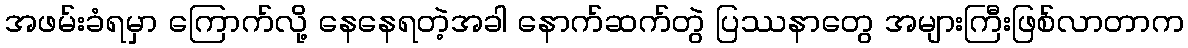
အဖမ်းခံရမှာ ကြောက်လို့ နေနေရတဲ့အခါ နောက်ဆက်တွဲ ပြဿနာတွေ အများကြီးဖြစ်လာတာက